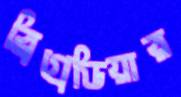
ব্রিগ্রেডিয়ার